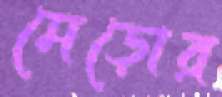
মেড়োর